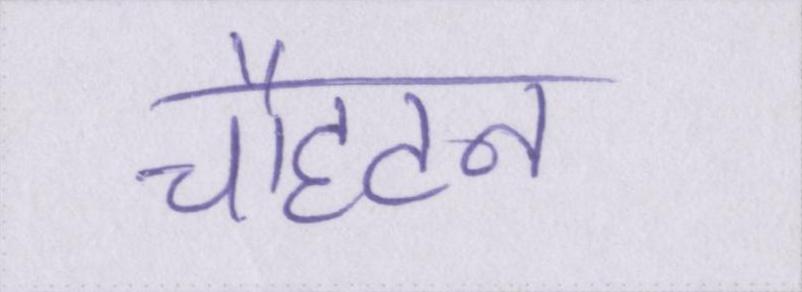
चौहटन